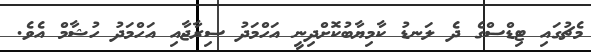
މެޗުގައި ޓިޑްސްގެ ދެ ލަނޑު ކާމިޔާބުކޮށްދިނީ އަހްމަދު ސިރާޖާއި އަހްމަދު ހުޝާމް އެވެ.